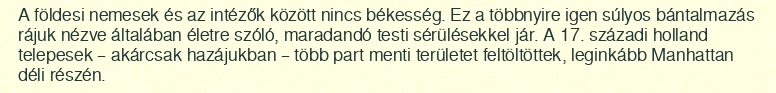
A földesi nemesek és az intézők között nincs békesség. Ez a többnyire igen súlyos bántalmazás rájuk nézve általában életre szóló, maradandó testi sérülésekkel jár. A 17. századi holland telepesek – akárcsak hazájukban – több part menti területet feltöltöttek, leginkább Manhattan déli részén.